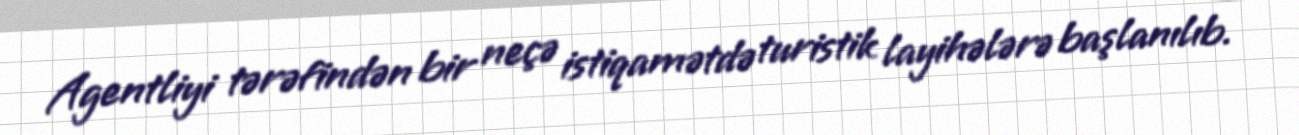
Agentliyi tərəfindən bir neçə istiqamətdə turistik layihələrə başlanılıb.